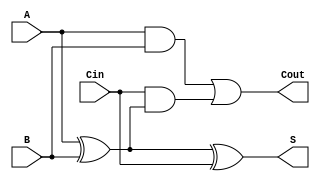
module RippleCarryFullAdder (
    input wire A,     // First binary input
    input wire B,     // Second binary input
    input wire Cin,   // Carry-in input
    output wire S,    // Sum output
    output wire Cout   // Carry-out output
);

// Intermediate signals
wire A_xor_B; // Intermediate sum

// XOR gates for sum calculation
assign A_xor_B = A ^ B; // A  B
assign S = A_xor_B ^ Cin; // S = (A  B)  Cin

// AND gates for carry-out calculation
wire A_and_B; // A  B
wire Cin_and_A_xor_B; // Cin  (A  B)

assign A_and_B = A & B; // A  B
assign Cin_and_A_xor_B = Cin & A_xor_B; // Cin  (A  B)

// OR gate for final carry-out
assign Cout = A_and_B | Cin_and_A_xor_B; // Cout = (A  B) + (Cin  (A  B))

endmodule